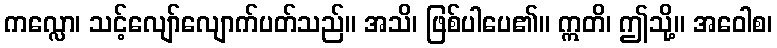
ကလ္လော၊ သင့်လျော်လျောက်ပတ်သည်။ အသိ၊ ဖြစ်ပါပေ၏။ ဣတိ၊ ဤသို့။ အဝေါစ၊